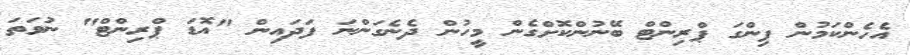
އެހެންކަމުން ފިންގަ ޕްރިންޓް ބޭނުންކޮށްގެން މީހުން ދެނެގަންނަ ފަދައިން "އޮޑަ ޕްރިންޓް" ނުވަތަ